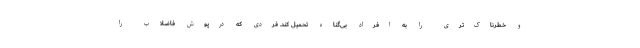
و خطرناک‌تری را به افراد بی‌گناه تحمیل کند. فردی که درپوش فاضلاب را